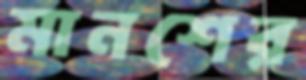
মানশের